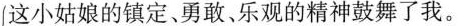
我被这小姑娘的镇定、勇敢、乐观的精神鼓舞了。